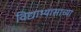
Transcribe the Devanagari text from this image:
विद्याभ्यासाच्या